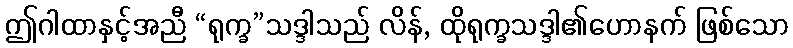
ဤဂါထာနှင့်အညီ “ရုက္ခ”သဒ္ဒါသည် လိန်, ထိုရုက္ခသဒ္ဒါ၏ဟောနက် ဖြစ်သော